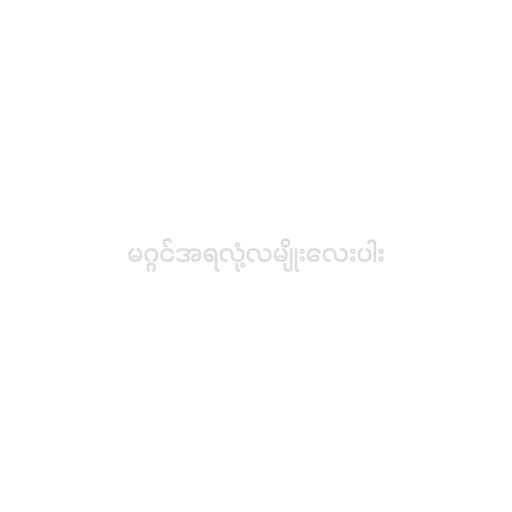
မဂ္ဂင်အရလုံ့လမျိုးလေးပါး